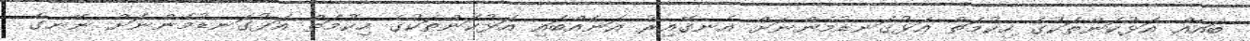
ބައެއް އަޅުކަންތަކުގެ ހިކުމަތް އަޅުގަނޑުމެންނަށް އެނގޭއިރު އަނެއްބައި އަޅުކަންތަކުގެ ހިކުމަތް އަޅުގަނޑުމެންނަށް ނޭނގެ